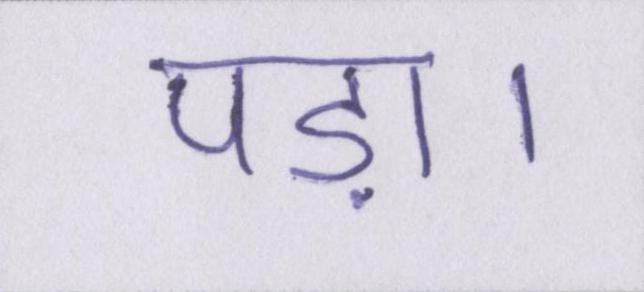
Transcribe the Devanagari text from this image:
पड़ा।